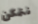
نتمكن